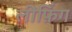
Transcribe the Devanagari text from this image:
लीफ़िंग